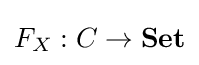
F_{X}:C\to {\textbf {Set}}